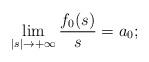
LaTeX: \begin{align*}\displaystyle\lim_{|s| \to +\infty}\dfrac{f_0(s)}{s}=a_0;\end{align*}